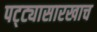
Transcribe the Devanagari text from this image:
पट्ट्यासारखाच